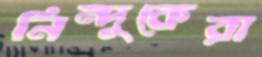
নিন্দুকেরা